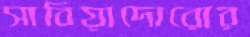
সাবিয়াদোরোর